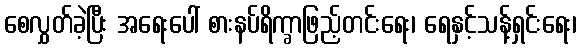
စေလွှတ်ခဲ့ပြီး အရေးပေါ် စားနပ်ရိက္ခာဖြည့်တင်းရေး၊ ရေနှင့်သန့်ရှင်းရေး၊